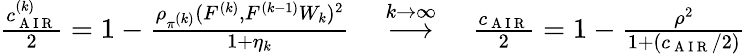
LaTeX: \begin{array}{r}{\frac{c_{\mathrm{~A~I~R~}}^{(k)}}{2}=1-\frac{\rho_{\pi^{(k)}}(F^{(k)},F^{(k-1)}W_{k})^{2}}{1+\eta_{k}}\quad\overset{k\to\infty}{\longrightarrow}\quad\frac{c_{\mathrm{~A~I~R~}}}{2}=1-\frac{\rho^{2}}{1+(c_{\mathrm{~A~I~R~}}/2)}}\end{array}